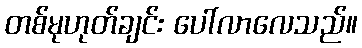
တစ်မုဟုတ်ချင်း ပေါ်လာလေသည်။